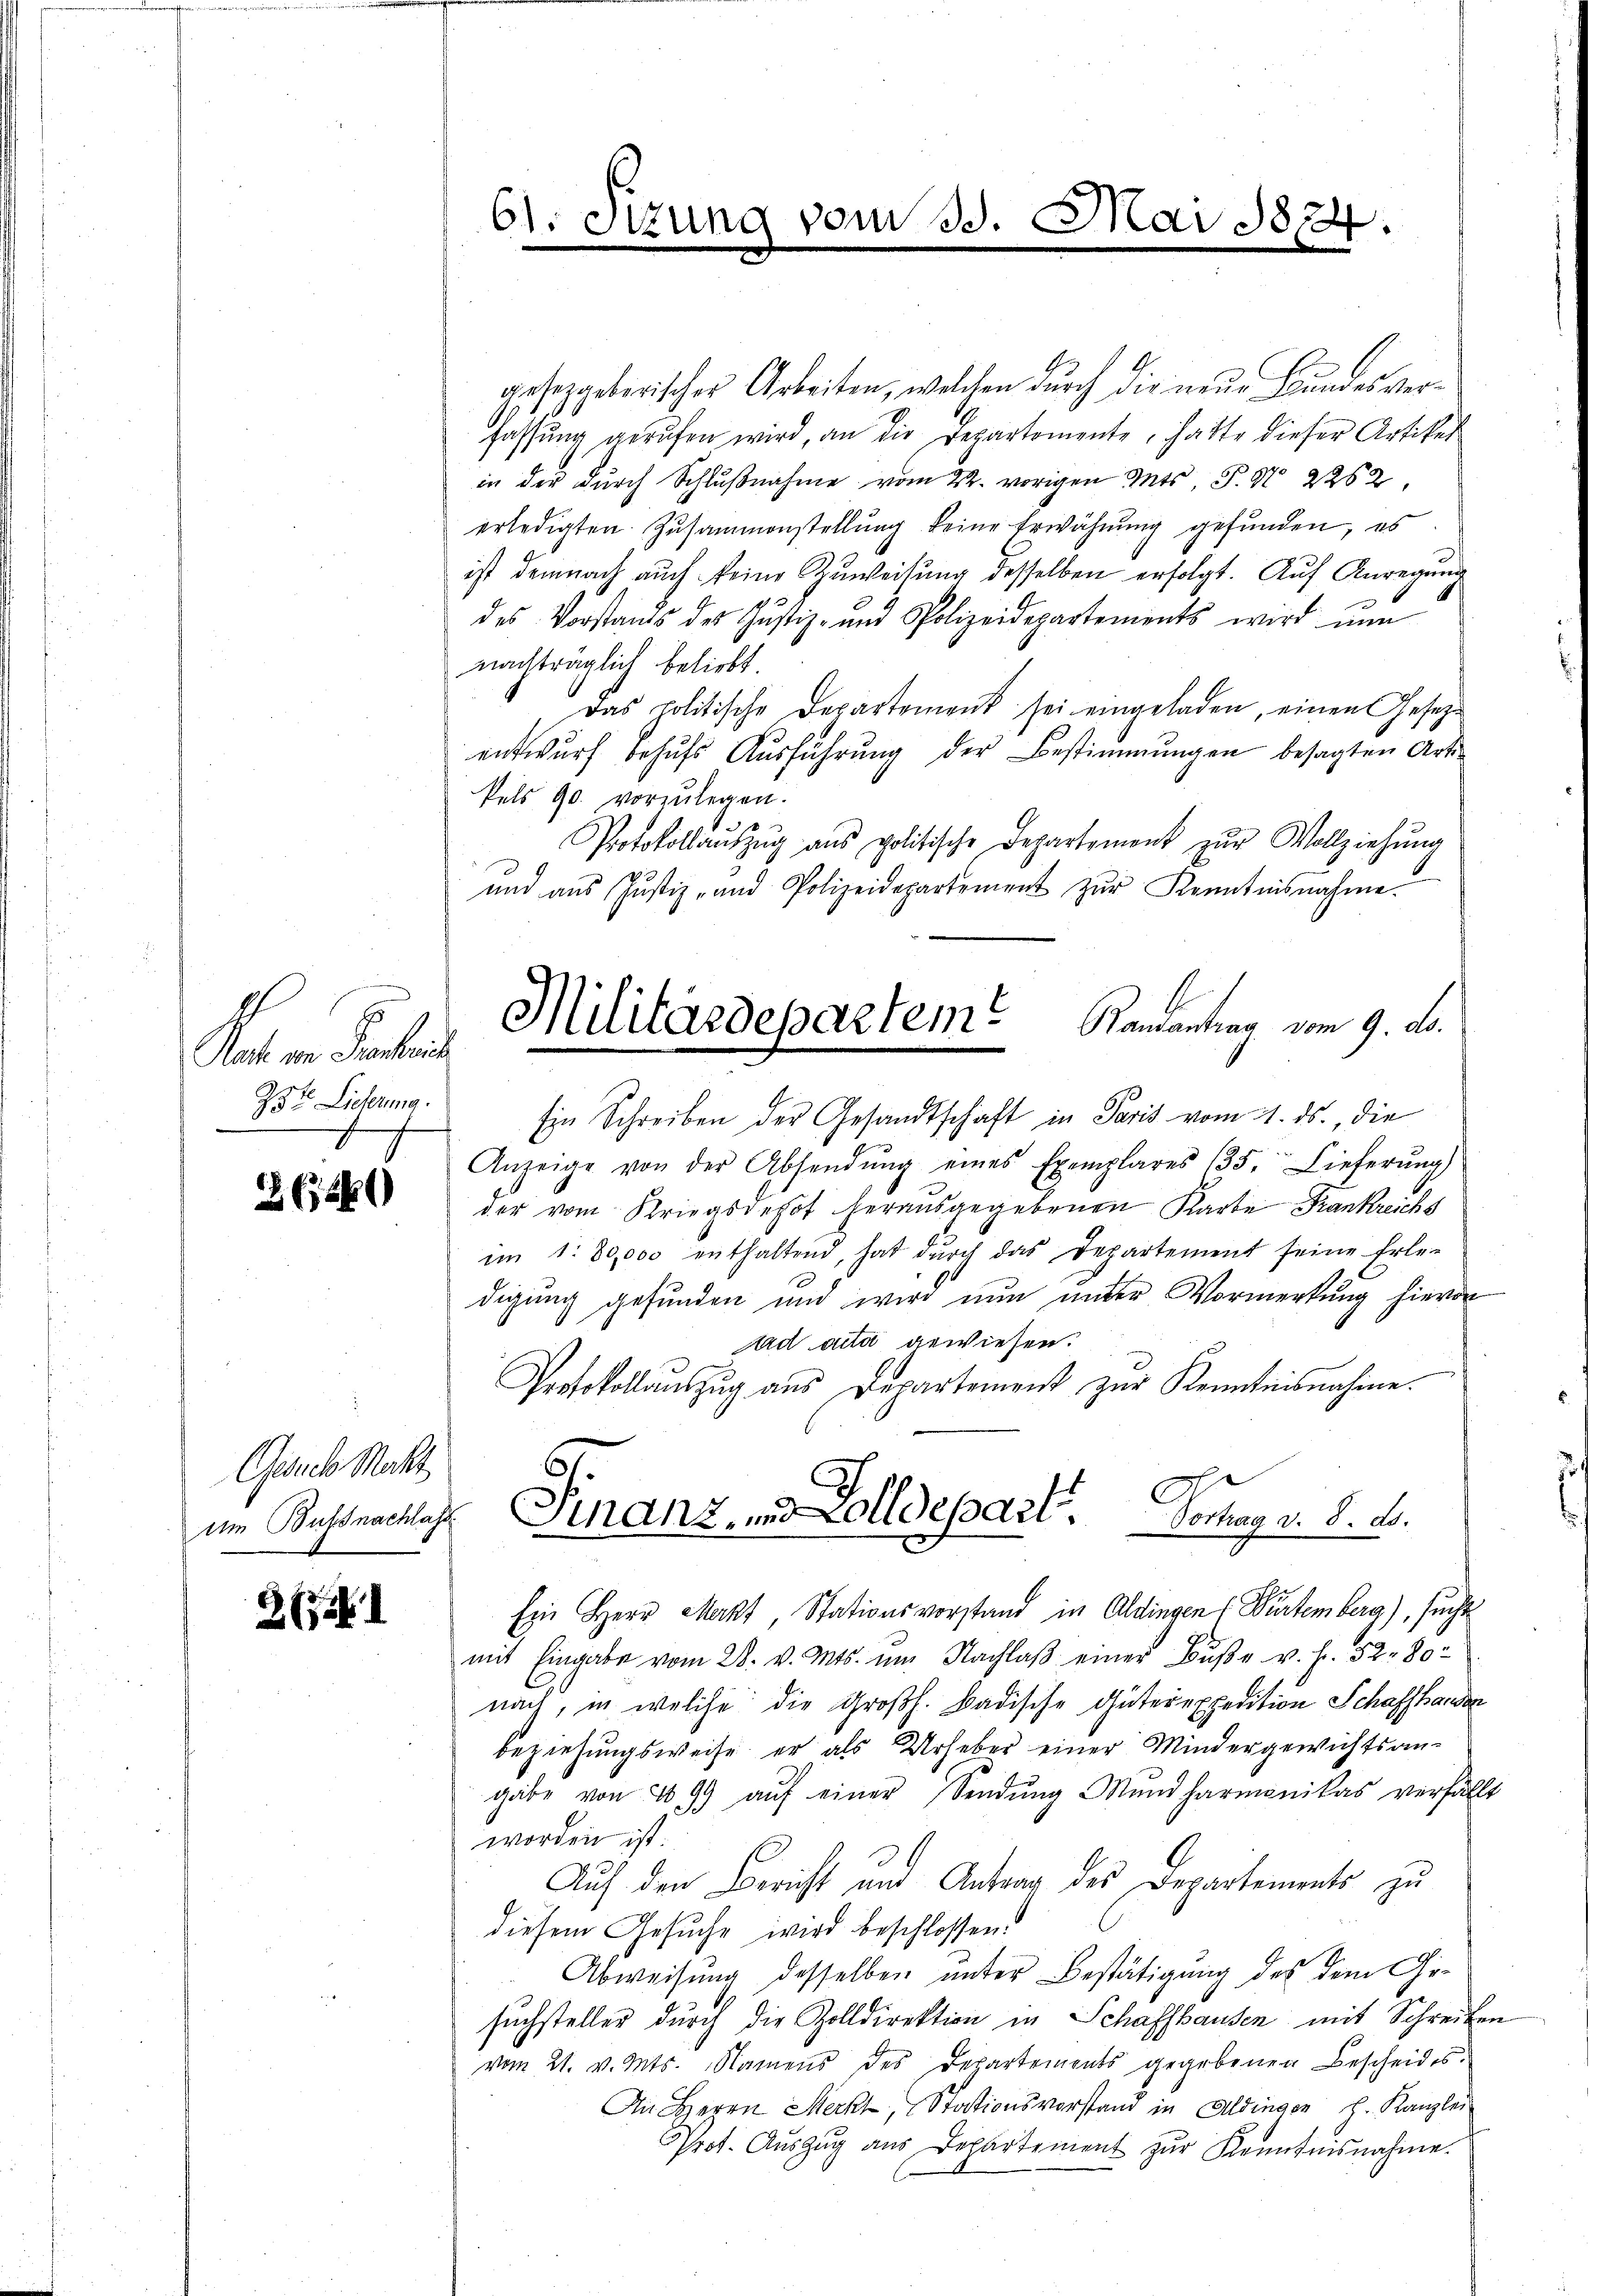
Nacht von Frankreis
28ten Lieferung.
f

2650

Gesuch Macht

2

gesetzgeberischer Arbeiten, welchen durch die neue Bundesverfassung gerufen wird, an die Departemente, hatte dieser Artikel
in der durch Schlŭβnahme vom 22. vorigen St. P. Nr. 2262
erledigten Zusammenstellung keine Erwähnung gefunden, es
ist demnach auch keine Zuweisung desselben erfolgt. Auf Anregung
des Vorstands des Justiz- und Polizeidepartements wird ŭn
nachträglich beliebt.
Das politische Departement sei eingeladen, einen Gesetze
entwurf behufs Ausführung der Bestimmungen besagten Art.
kels 90. vorzŭlegen.
Protokollaŭszŭg ans politische Departement zŭr Vollziehung
und aus Justiz- und Polizeidepartement zŭr Kenntnisnahme.
Randantrag vom 9. ds.
Ein Schreiben der Gesandtschaft in Paris vom 4. ds., die
Anzeige von der Absendŭng eines Exemplares (35. Lieferŭng
der vom Kriegsdehof herausgegebenen Karte Krankreichs
im 1. 80,000 enthaltend, hat dŭrch das Departement seine Erle-
digung gefunden und wird nun unter Vormerkung hievon
ad acta gewiesen.
Protokollauszug aus Departement zur Kenntnisnahme.
um Bussnachlag Finanz, und Zolldepart Vorhag v. 8. d.
Ein Herr Mart, Stationsvorstand in Aldingen ( Würtemberg), sucht
mit Eingabe vom 28. v. Mts. um Nachlaß einer Buße v. fr. 52. 80
nach, in welche die Großh. Badische Güterexpedition Schaffhander
beziehungsweise er als Urheber einer Mindergewichtsangabe von 499 aŭf einer Sendŭng Mund harmonikas verfällt
worden ist.
Auf den Bericht und Antrag des Departements zu
diesem Gesuche wird beschlossen.
Abweisung desselben unter Bestätigung des dem Gesuchsteller durch die Zolldirektion in Schaffhausen mit Schreiben
vom 21. v. Mts. Namens des Departements gegebenen Bescheides.
An Herrn Merkt, Stationsvorstand in Aldingen h. Kanzlei
Prot. Aŭszŭg ans Departement zŭr Kenntnisnahme.

61. Sizung vom 30. Mai 1824.

Militärdeparteme